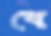
বে